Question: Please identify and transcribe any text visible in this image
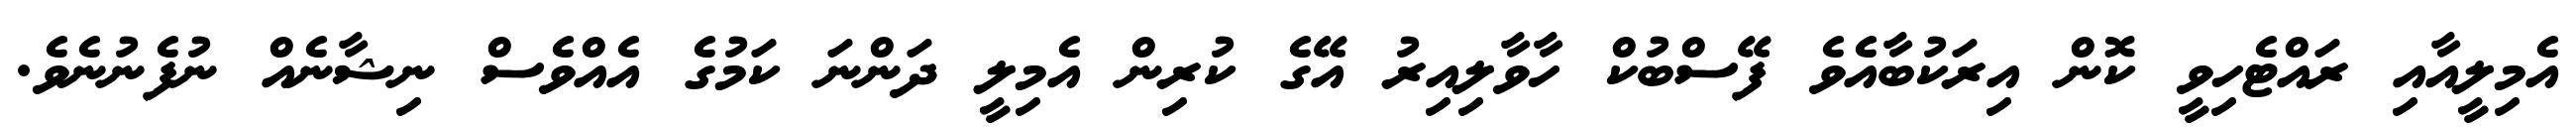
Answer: އެމިލީއާއި ރައްޓެހިވީ ކޮން އިރަކުބާއެވެ ފޭސްބުކް ހާވާލިއިރު އޭގެ ކުރިން އެމިލީ ދަންނަ ކަމުގެ އެއްވެސް ނިޝާނެއް ނުފެނުނެވެ.